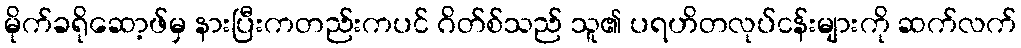
မိုက်ခရိုဆော့ဖ်မှ နားပြီးကတည်းကပင် ဂိတ်စ်သည် သူ၏ ပရဟိတလုပ်ငန်းများကို ဆက်လက်